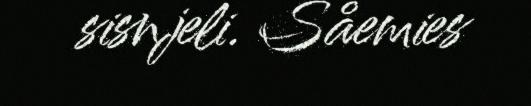
sisnjeli. Såemies